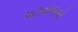
પટાવાળાએ